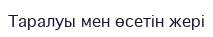
Таралуы мен өсетін жері